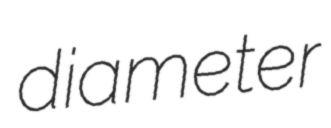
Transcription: diameter